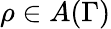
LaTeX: \rho\in A(\Gamma)